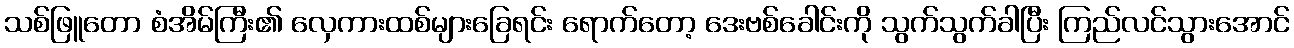
သစ်ဖြူတော စံအိမ်ကြီး၏ လှေကားထစ်များခြေရင်း ရောက်တော့ ဒေးဗစ်ခေါင်းကို သွက်သွက်ခါပြီး ကြည်လင်သွားအောင်